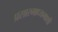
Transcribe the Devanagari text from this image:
प्रसारमाध्यमाशी